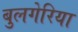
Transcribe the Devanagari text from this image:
बुलगेरिया